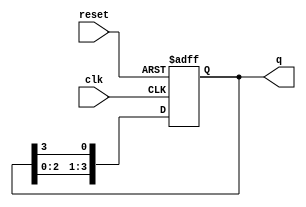
module ring_counter (
    input wire clk,       // Clock signal
    input wire reset,     // Asynchronous reset signal
    output reg [3:0] q    // 4-bit output
);

    // Initial state of the ring counter
    initial begin
        q = 4'b1000; // Set initial state to 1000
    end

    // Always block triggered on the rising edge of the clock or reset
    always @(posedge clk or posedge reset) begin
        if (reset) begin
            q <= 4'b1000; // Reset the counter to initial state
        end else begin
            // Shift the '1' bit to the right
            q <= {q[2:0], q[3]}; // Circular shift
        end
    end
endmodule